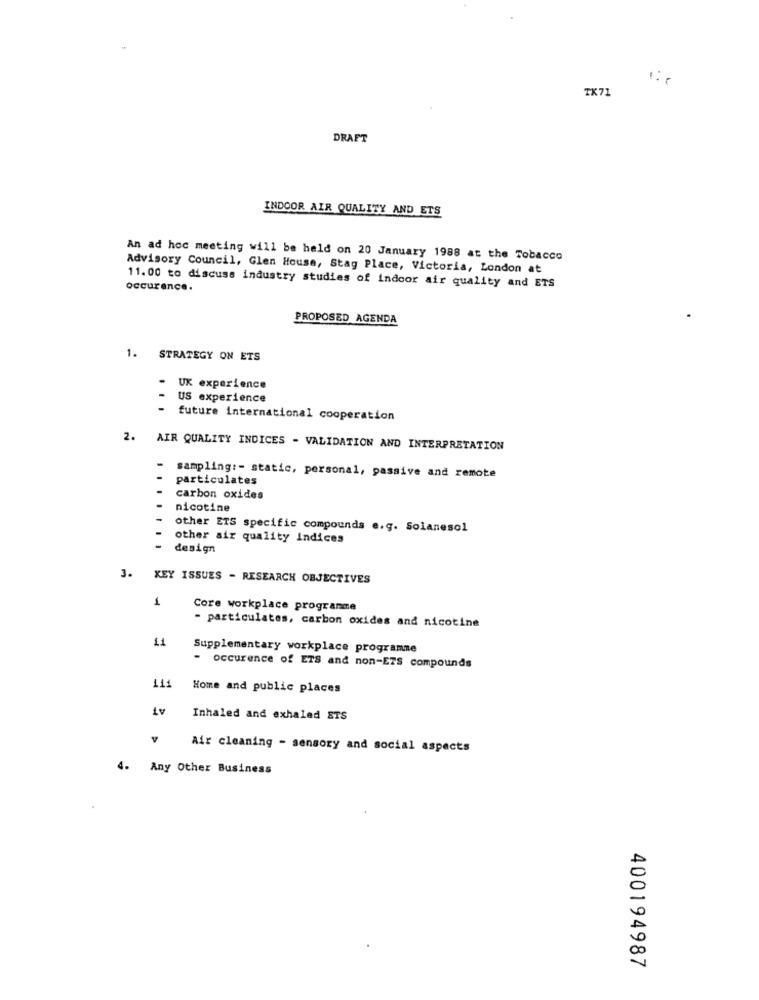
TX71
DRAFT
INDOOR AIR QUALITY AND ETS
An ad hoc meeting will be held on 20 January 1988 at the Tobacco
Advisory Council, Glen House, Stag Place, Victoria, London at
occurance.
11.00 to discuss industry studies of indoor air quality and ETS
PROPOSED AGENDA
1. STRATEGY ON ETS
UX experience
US experience
future international cooperation
2. AIR QUALITY INDICES - VALIDATION AND INTERPRETATION
-
sampling :- static, personal, passive and remote
particulates
carbon oxides
nicotine
other ETS specific compounds e.g. Solanesol
other air quality indices
design
3.
KEY ISSUES - RESEARCH OBJECTIVES
1
Core workplace programme
- particulates, carbon oxides and nicotine
11
Supplementary workplace programme
- occurence of ETS and non-ETS compounds
141
Home and public places
Inhaled and exhaled STS
Air cleaning - sensory and social aspects
4. Any Other Business
400194987